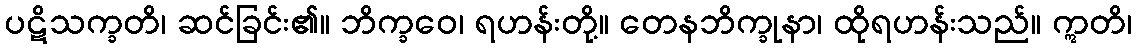
ပဋိသက္ခတိ၊ ဆင်ခြင်း၏။ ဘိက္ခဝေ၊ ရဟန်းတို့။ တေနဘိက္ခုနာ၊ ထိုရဟန်းသည်။ ဣတိ၊